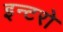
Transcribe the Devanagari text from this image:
इन्टरो